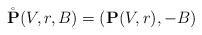
LaTeX: \begin{align*} \mathring{\mathbf{P}}(V,r,B) = (\mathbf{P}(V,r),-B)\end{align*}